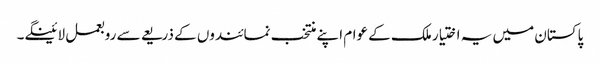
پاکستان میں یہ اختیار ملک کے عوام اپنے منتخب نمائندوں کے ذریعے سے روبعمل لائینگے۔